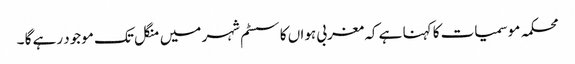
محکمہ موسمیات کا کہنا ہے کہ مغربی ہواں کا سسٹم شہر میں منگل تک موجود رہے گا ۔